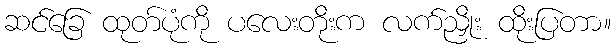
ဆင်ခြေ ထုတ်ပုံကို ပလေးတိုးက လက်ညှိုး ထိုးပြတာ။